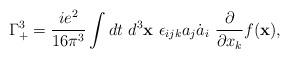
LaTeX: \begin{align*}\Gamma_{+}^{3}=\frac{ie^{2}}{16\pi^{3}}\int d t ~d^{3}{\bf x}~\epsilon_{ijk}a_{j} \dot{a}_{i}~\frac{\partial}{\partial x_{k}}f({\bf x}) ,\end{align*}